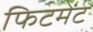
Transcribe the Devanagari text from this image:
फिटमेंट